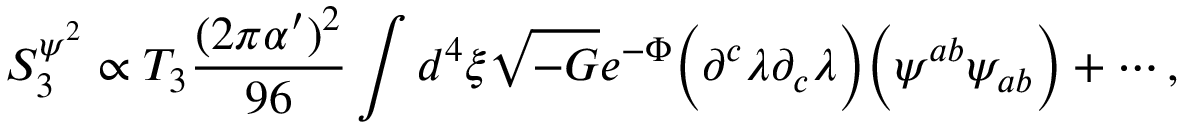
S _ { 3 } ^ { \psi ^ { 2 } } \propto T _ { 3 } { \frac { ( 2 \pi \alpha ^ { \prime } ) ^ { 2 } } { 9 6 } } \int d ^ { 4 } \xi \sqrt { - G } e ^ { - \Phi } \Big ( \partial ^ { c } \lambda \partial _ { c } \lambda \Big ) \Big ( \psi ^ { a b } \psi _ { a b } \Big ) + \cdots ,